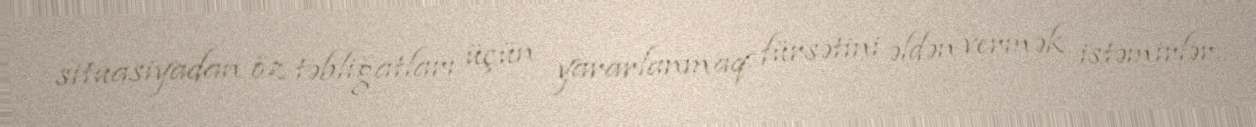
situasiyadan öz təbliğatları üçün yararlanmaq fürsətini əldən vermək istəmirlər.